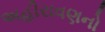
અહીરાવણનો